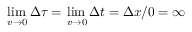
\operatorname* { l i m } _ { \, v \to 0 } \Delta \tau = \operatorname* { l i m } _ { \, v \to 0 } \Delta t = \Delta x / 0 = \infty